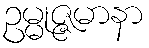
ဥမ္မုဇ္ဇမာနာ